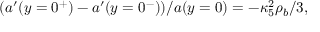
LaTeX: ( a ^ { \prime } ( y = 0 ^ { + } ) - a ^ { \prime } ( y = 0 ^ { - } ) ) / a ( y = 0 ) = - \kappa _ { 5 } ^ { 2 } \rho _ { b } / 3 ,